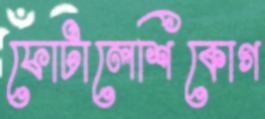
ফোটালেশিকোগ